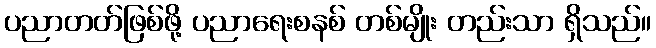
ပညာတတ်ဖြစ်ဖို့ ပညာရေးစနစ် တစ်မျိုး တည်းသာ ရှိသည်။